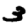
Digit: 3